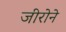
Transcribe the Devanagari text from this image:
जीरोने